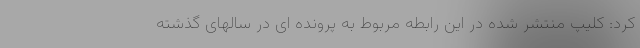
کرد: کلیپ منتشر شده در این رابطه مربوط به پرونده ای در سالهای گذشته